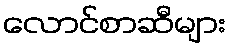
လောင်စာဆီများ